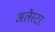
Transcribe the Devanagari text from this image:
अलैस्टर